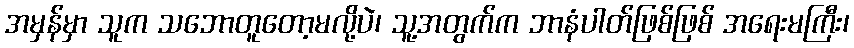
အမှန်မှာ သူက သဘောတူတော့မလို့ပဲ၊ သူ့အတွက်က ဘာနံပါတ်ဖြစ်ဖြစ် အရေးမကြီး၊